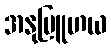
အနုဗြူဟယ